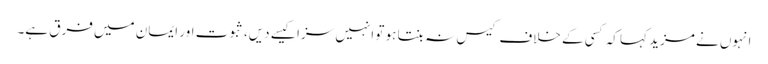
انہوں نے مزید کہا کہ کسی کے خلاف کیس نہ بنتا ہو تو انہیں سزا کیسے دیں، ثبوت اور ایمان میں فرق ہے۔